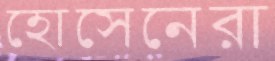
হোসেনেরা